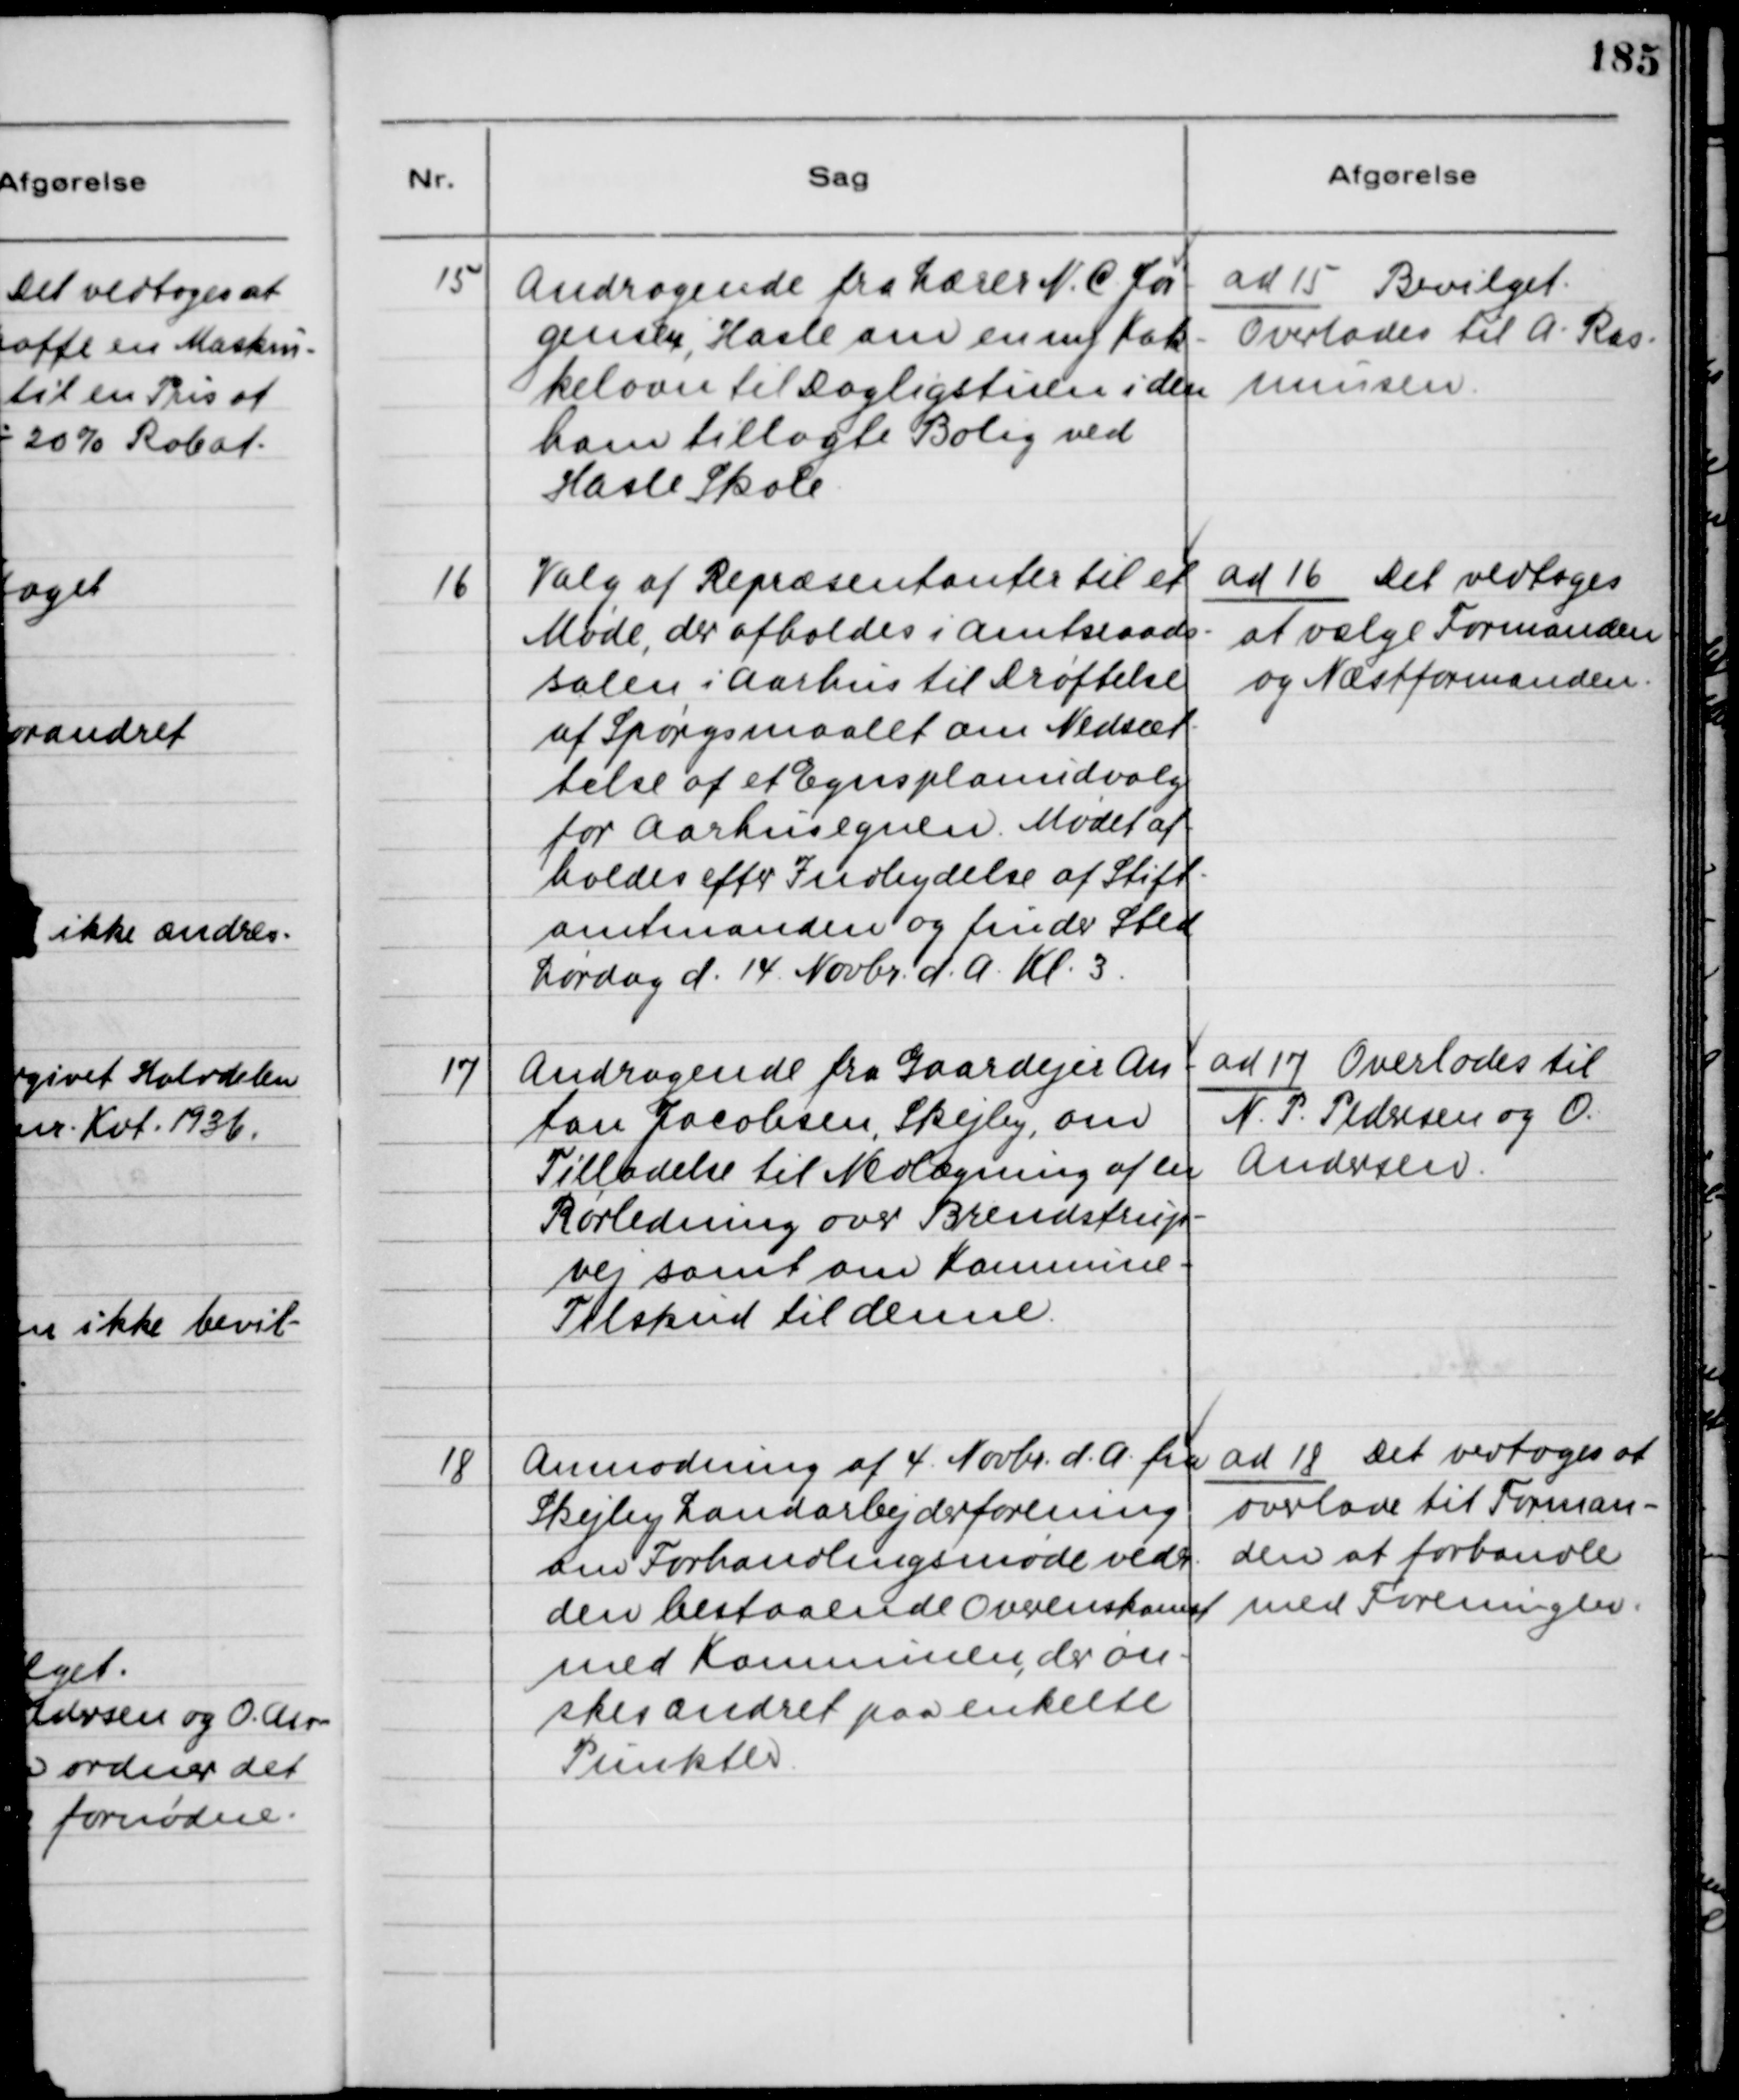
Transskription:
15
Andragende fra Lærer N.C. Jør-
gensen, Hasle om en ny Kak-
kelovn til Dagligstuen i den 
ham tillagte Bolig ved 
Hasle Skole
ad 15 Bevilget.
Overlades til A. Ras-
mussen.
16
Valg af Repræsentanter til et
Møde, der afholdes i Amtsraads-
salen i Aarhus til Drøftelse
af Spørgsmaalet om Nedsæt-
telse af et Egnsplanudvalg
for Aarhusegnen. Mødet af-
holdes efter Indbydelse af Stift-
amtmanden og finder Sted
Lørdag d. 14. Novbr. d.A. Kl. 3
ad 16 Det vedtages
at vælge Formanden
og Næstformanden.
17
Andragende fra Gaardejer An-
ton Jacobsen, Skejby, om
Tilladelse til Nedlægning af en
Rørledning over Brendstrup-
vej samt om Kommune-
Tilskud til denne
ad 17 Overlodes til
N.P. Pedersen og O.
Andersen.
18
Anmodning af 4. Novbr. d.A. fra
Skejby Landarbejderforening
om Forhandlingsmøde vedr.
den bestaaende Overenskomst
med Kommunen, der øn-
skes ændret paa enkelte
Punkter
ad 18 Det vedtoges at
overlade til Forman-
den at forhandle
med Foreningen.